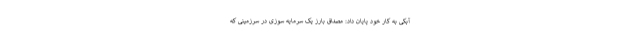
آبکی به کار خود پایان داد: مصداق بارز یک سرمایه سوزی در سرزمینی که